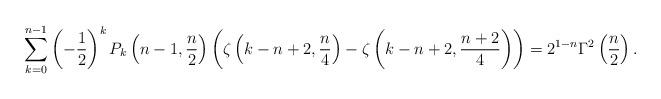
LaTeX: \begin{align*}\sum_{k=0}^{n-1} \left(-\frac{1}{2}\right)^k P_k\left(n-1, \frac{n}{2}\right) \left(\zeta\left(k-n+2, \frac{n}{4}\right) -\zeta\left(k-n+2, \frac{n+2}{4}\right)\right) = 2^{1-n}\Gamma^2\left(\frac{n}{2}\right).\end{align*}